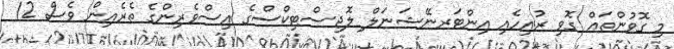
މި ގޮވުންތައް ގޮވި ރުއިހެއި އިންޓަރނޭޝަނަލް ލޮޖިސްޓިކްސްގެ އިސްވެރިންގެ ތެރެއިން ވެސް 12